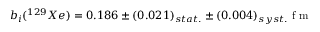
b _ { i } ( ^ { 1 2 9 } X e ) = 0 . 1 8 6 \pm ( 0 . 0 2 1 ) _ { s t a t . } \pm ( 0 . 0 0 4 ) _ { s y s t . } \space \mathrm { ~ f ~ m ~ }